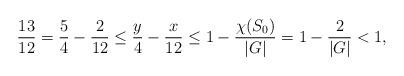
LaTeX: \begin{align*}{13\over 12}={5\over 4}-{2\over 12}\le {y\over 4}-{x\over 12}\le 1-{\chi(S_0)\over |G|}=1-{2\over |G|}<1,\end{align*}